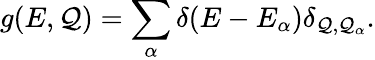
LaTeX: g(E,\mathcal{Q})=\sum_{\alpha}\delta(E-E_{\alpha})\delta_{\mathcal{Q},\mathcal{Q}_{\alpha}}.